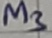
Text: M3